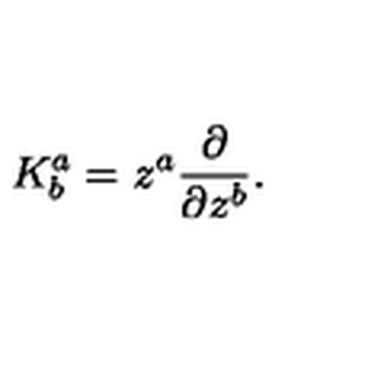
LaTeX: K _ { b } ^ { a } = z ^ { a } { \frac { \partial } { \partial z ^ { b } } } .